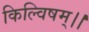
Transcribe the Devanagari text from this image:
किल्विषम्।।